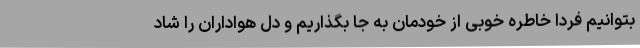
بتوانیم فردا خاطره خوبی از خودمان به جا بگذاریم و دل هواداران را شاد